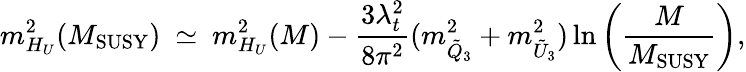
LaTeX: m_{H_{U}}^{2}(M_{\mathrm{SUSY}})\ \simeq\ m_{H_{U}}^{2}(M)-{\frac{3\lambda_{t}^{2}}{8\pi^{2}}}(m_{{\tilde{Q}}_{3}}^{2}+m_{{\tilde{U}}_{3}}^{2})\ln\left({\frac{M}{M_{\mathrm{SUSY}}}}\right),